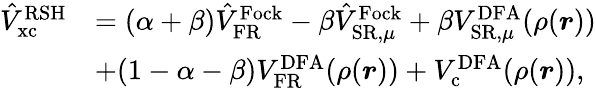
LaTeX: \begin{array}{rl}{\hat{V}_{\mathrm{xc}}^{\mathrm{RSH}}}&{=(\alpha+\beta)\hat{V}_{\mathrm{FR}}^{\mathrm{Fock}}-\beta\hat{V}_{\mathrm{SR},\mu}^{\mathrm{Fock}}+\beta V_{\mathrm{SR},\mu}^{\mathrm{DFA}}(\rho(\boldsymbol{r}))}\\ &{+(1-\alpha-\beta)V_{\mathrm{FR}}^{\mathrm{DFA}}(\rho(\boldsymbol{r}))+V_{\mathrm{c}}^{\mathrm{DFA}}(\rho(\boldsymbol{r})),}\end{array}